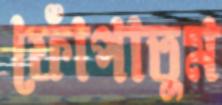
ফোঁপাতুম